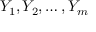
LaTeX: Y _ { 1 } , Y _ { 2 } , \ldots , Y _ { m }